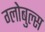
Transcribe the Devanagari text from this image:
ग्लोबुल्स